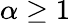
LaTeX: \alpha\geq 1